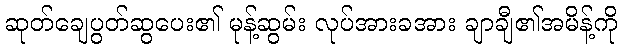
ဆုတ်ချေပွတ်ဆွပေး၏ မုန့်ဆွမ်း လုပ်အားခအား ချာချီ၏အမိန့်ကို